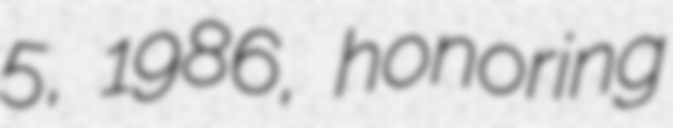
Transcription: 5, 1986, honoring